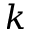
k